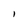
Character: 1